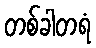
တစ်ခါတရံ